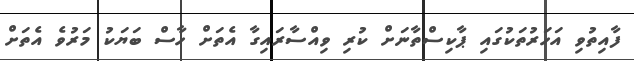
ފާއިތުވި އަހަރުތަކުގައި ޕާކިސްތާނަށް ކުރި ވިއްސާރައިގާ އެތަށް ހާސް ބަޔަކު މަރުވެ އެތަށް